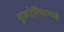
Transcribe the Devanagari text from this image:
बुल्गेरियामध्ये